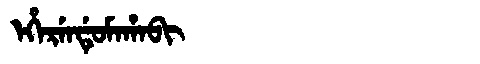
Manchu: ᡝᡥᡝᡵᡝᠨᡩᡠᠮᠠᡥᠠᠪᡳ
Romanization: EHERENDUMAHABI